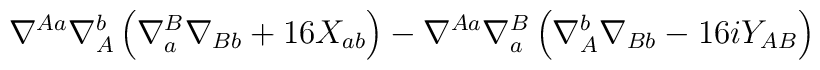
\nabla^{Aa} \nabla_A^b \left(\nabla_a^B \nabla_{Bb} +16 X_{ab} \right) - \nabla^{Aa} \nabla_a^B \left(\nabla_A^b \nabla_{Bb} -16i Y_{AB} \right)